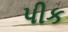
પીક